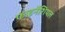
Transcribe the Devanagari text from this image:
फाइनेंशियल